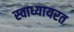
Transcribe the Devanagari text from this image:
स्वाध्यायरत